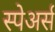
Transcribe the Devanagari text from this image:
स्पेअर्स